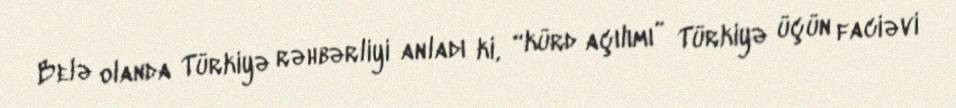
Belə olanda Türkiyə rəhbərliyi anladı ki, “kürd açılımı” Türkiyə üçün faciəvi